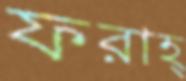
ফরাহ্